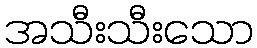
အသီးသီးသော